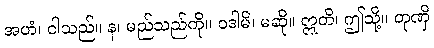
အဟံ၊ ငါသည်။ န၊ မည်သည်ကို။ ဝဒါမိ၊ မဆို။ ဣတိ၊ ဤသို့။ တုဏှိ